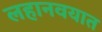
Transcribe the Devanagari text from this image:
लहानवयात